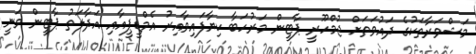
މަޝްވަރާތަކުގެ ދައުވަތަށް ޖުމްހޫރީ ޕާޓީން މަރުހަބާ ކިޔާފައިވާއިރު އެމްޑީޕީއާއި އަދާލަތު ޕާޓީން ވަނީ